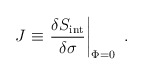
\begin{align*}J\equiv \left.{{\delta S_{\rm{\small int}}}\over {\delta\sigma}} \right|_{\Phi=0}~.\end{align*}